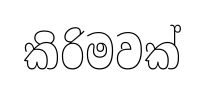
කිරිමවක්